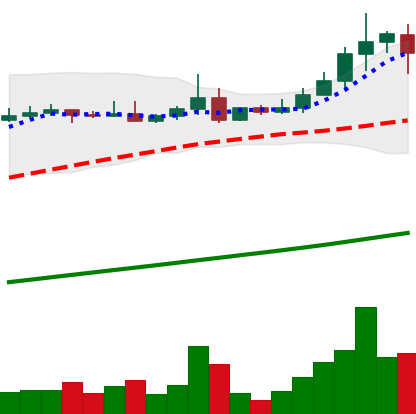
Ticker: ADA-USD
Chart end date: 2021-04-16
Forward return: -14.836%
Label: down_7plus